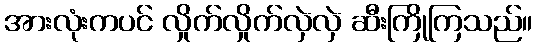
အားလုံးကပင် လှိုက်လှိုက်လှဲလှဲ ဆီးကြိုကြသည်။